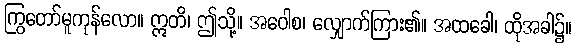
ကြွတော်မူကုန်လော။ ဣတိ၊ ဤသို့။ အဝေါစ၊ လျှောက်ကြား၏။ အထခေါ၊ ထိုအခါ၌။